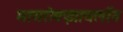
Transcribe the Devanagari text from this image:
मायरोक्झायलॉन